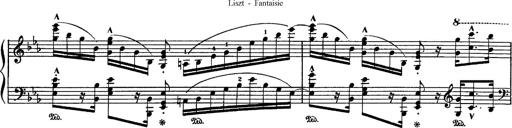
Title: Fantaisie sur des motifs favoris de l'opÃ©ra 'La sonnambula'
Composer: Franz Liszt